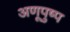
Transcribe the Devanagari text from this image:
अणूपुष्प